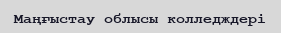
Маңғыстау облысы колледждері